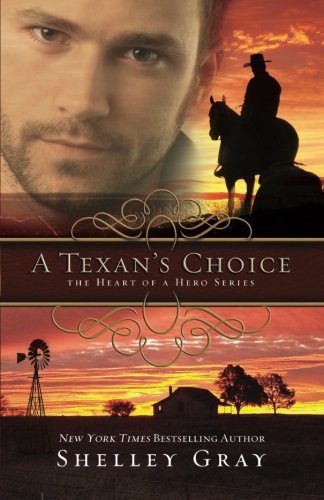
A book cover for A Texan's Choice: The Heart of A Hero - Book 3; Shelly Gray; Christian Books & Bibles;